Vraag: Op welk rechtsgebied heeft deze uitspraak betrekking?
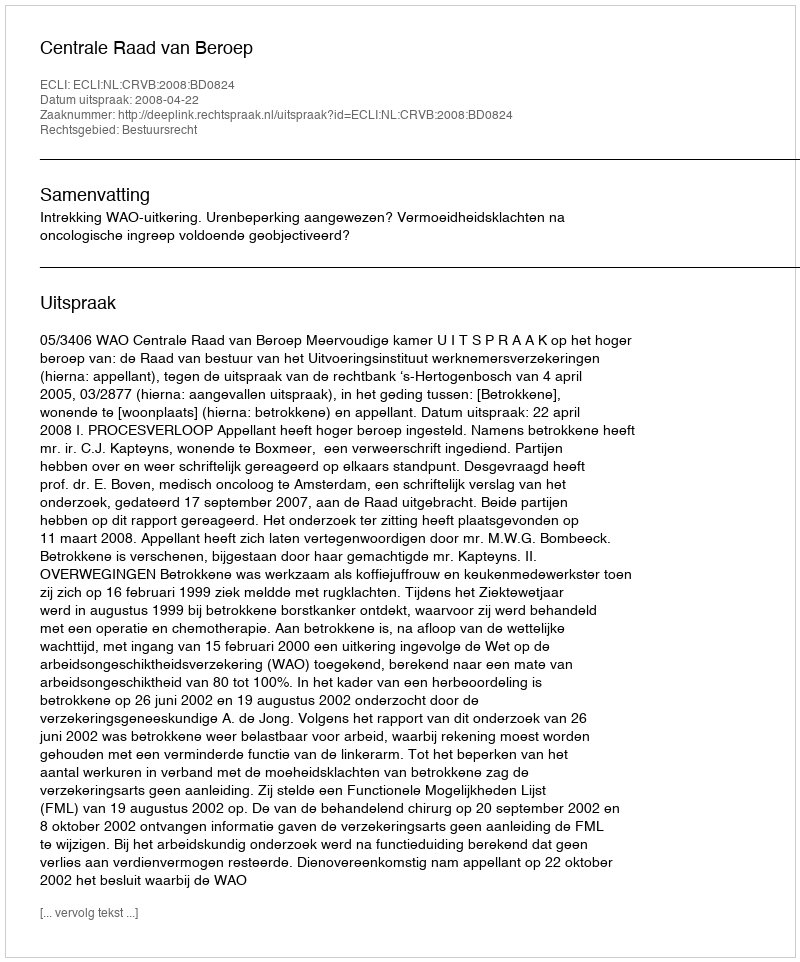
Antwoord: Bestuursrecht